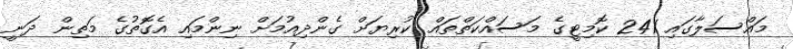
މައްސަލާގައި 241 ކޮމިޓީގެ މަސައްކަތްތައް ކުރިޔަށް ގެންދިއުމަށް ނިންމައި އެގޮތުގެ މަތިން ދަނީ